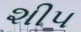
શીપ